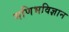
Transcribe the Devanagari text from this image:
मणिभविज्ञान